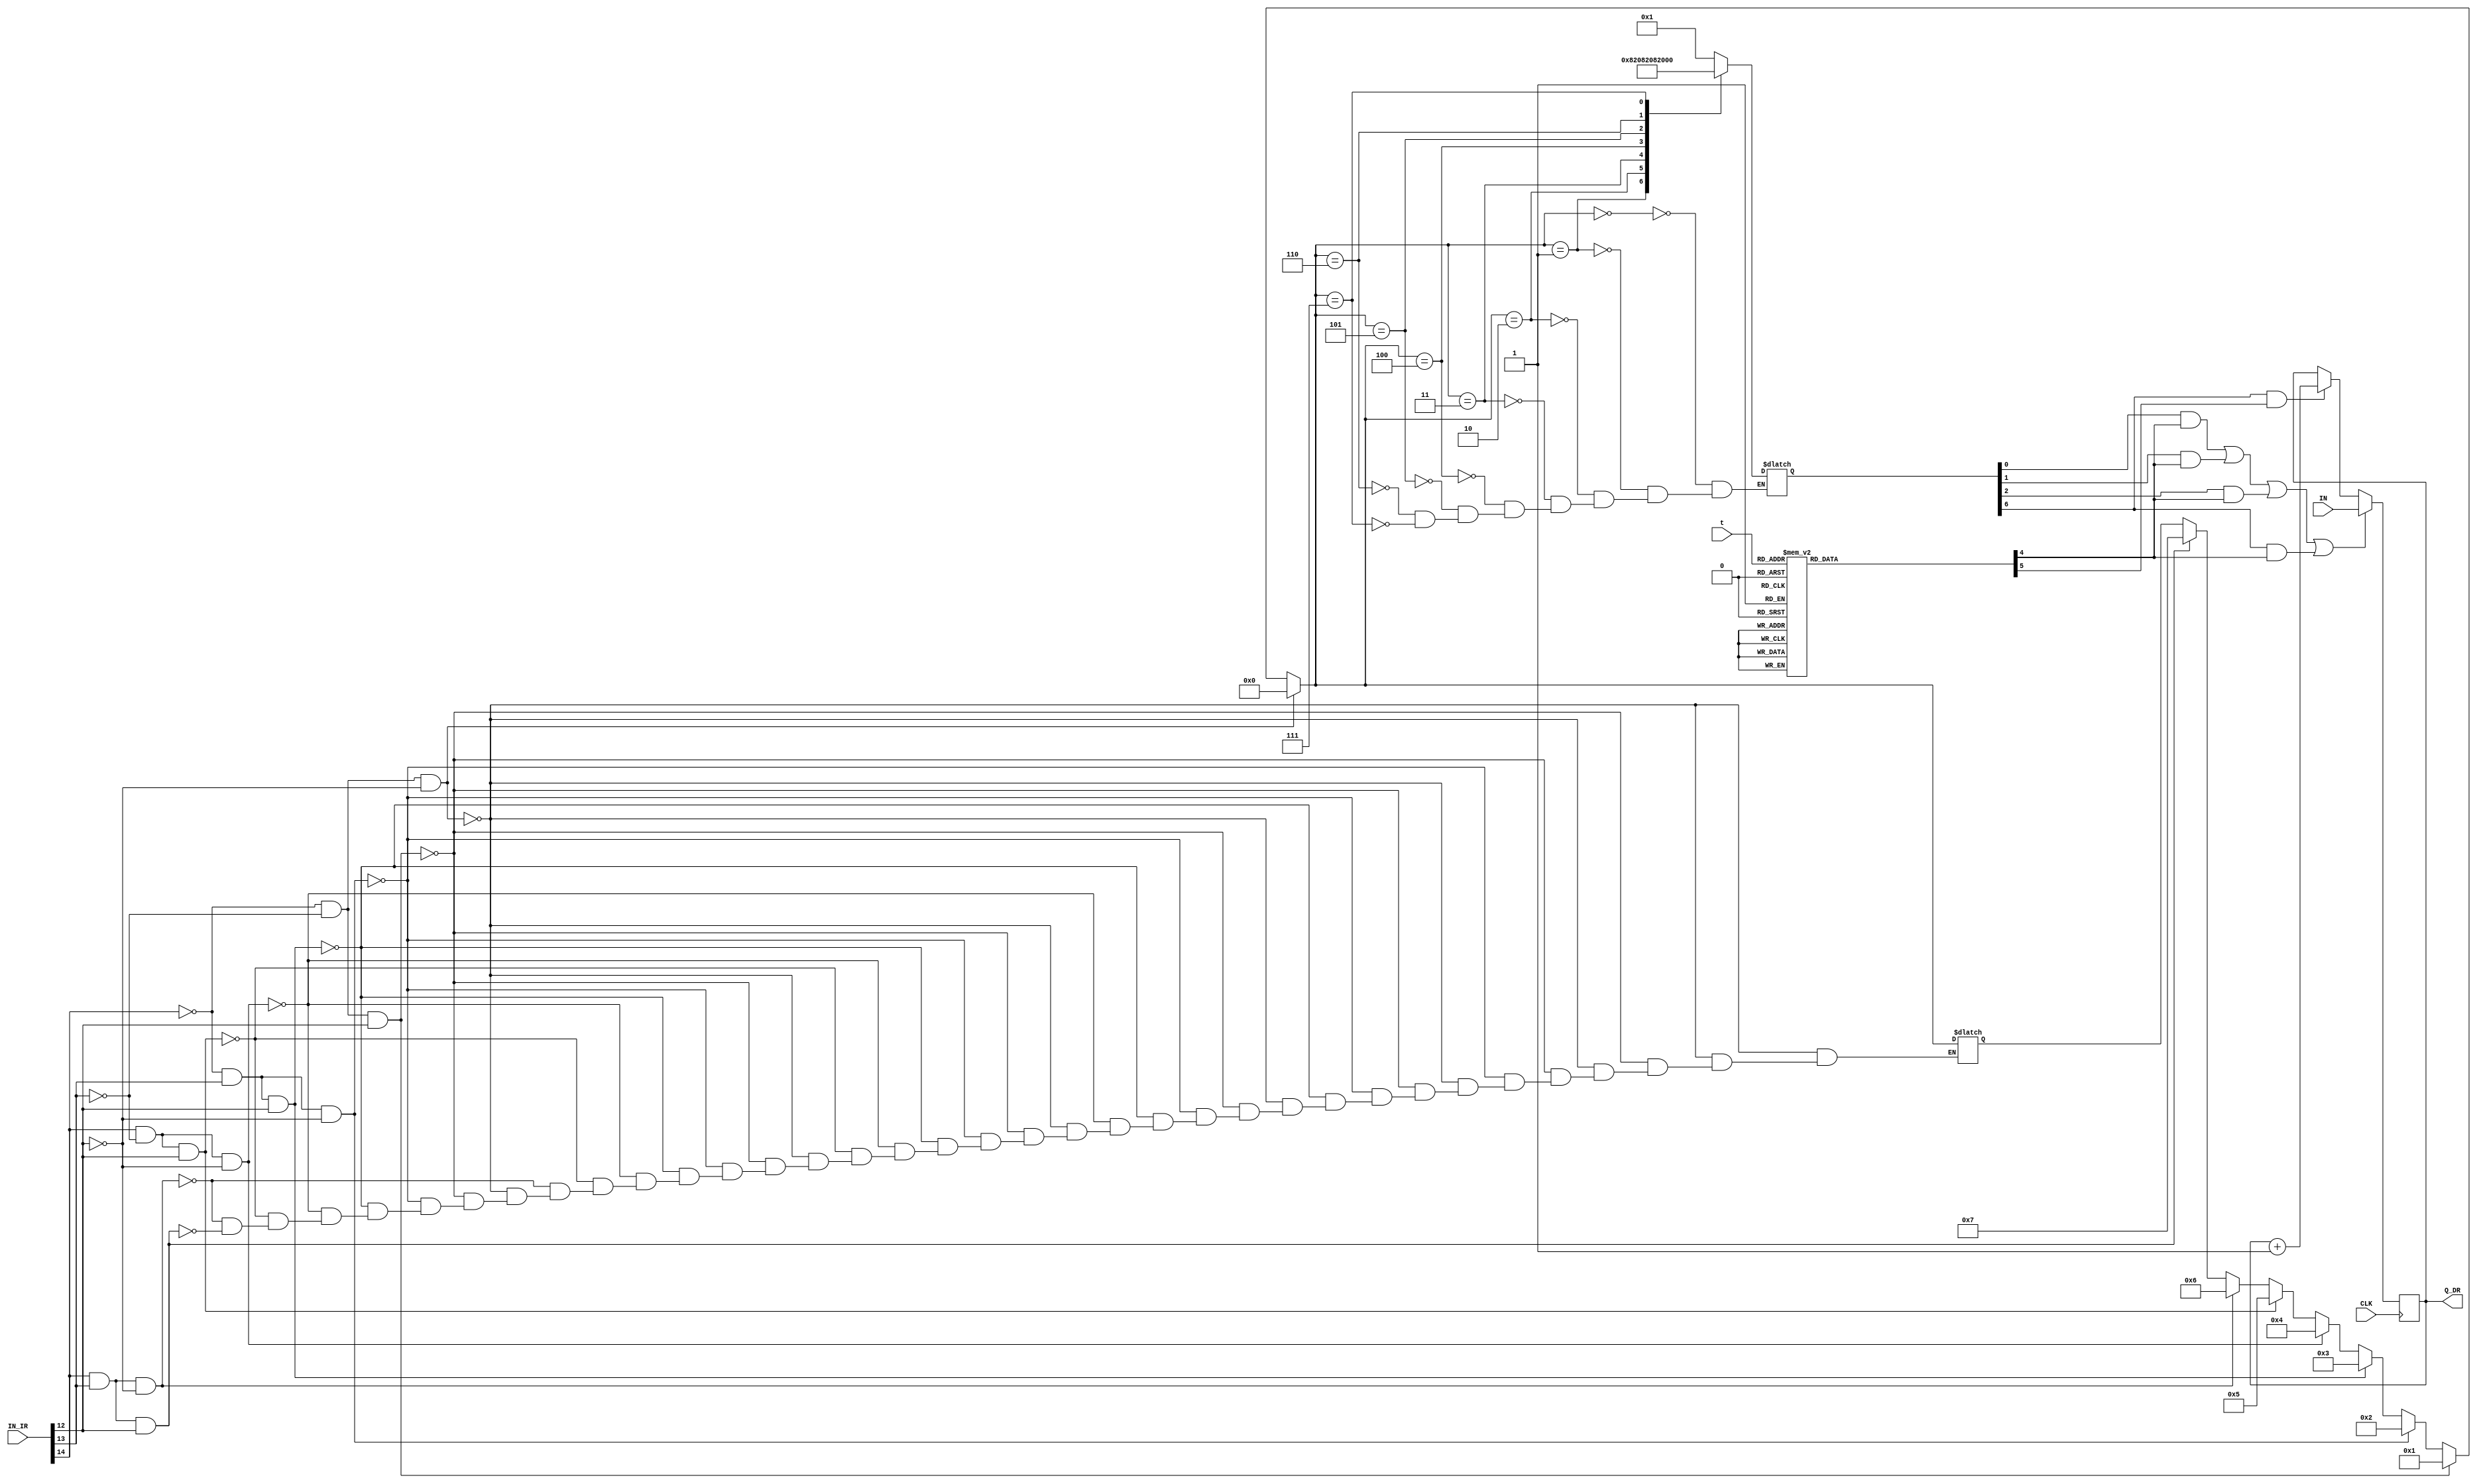
module REG_DR(

//-------(clock)-------
    input CLK,
//-------(input IR)-------
    input [15:0]IN_IR,
//-------(input to register DR)-------
    input[15:0]IN,
//-------(input from seq_counter_3_bit)-------
    input[2:0]t,
//-------(output from register DR)-------    
    output reg[15:0]Q_DR
    
    );
//-------(wire to help)------- 
    reg i,r,p;       
    reg [3:0]d;
    reg [7:0]D;
    reg [7:0]T;
    reg [10:0]B;
    wire LD_DR,INC_DR,CLR_DR;

//------------------(initial value)--------------------
    
    initial
        begin
            i = 0;
            D = 0;
            B = 0;
            T = 0;
            d = 0;
            r = 0;
            p = 0;
            Q_DR = 0;

    end  

    always@(d or t or IN_IR)begin
         
//-----------------(SELECT MOST LEFT 4-BIT IN INSTRACTION REGISTER)----------------- 
           
                        if(~IN_IR[14] && ~IN_IR[13] && ~IN_IR[12])
                            d = 4'b0000;
                        else if(~IN_IR[14] && ~IN_IR[13] && IN_IR[12])
                            d = 4'b0001;
                        else if(~IN_IR[14] && IN_IR[13] && ~IN_IR[12])
                            d = 4'b0010;
                        else if(~IN_IR[14] && IN_IR[13] && IN_IR[12])
                            d = 4'b0011;
                        else if(IN_IR[14] && ~IN_IR[13] && ~IN_IR[12])
                            d = 4'b0100;
                        else if(IN_IR[14] && ~IN_IR[13] && IN_IR[12])
                            d = 4'b0101;
                        else if( IN_IR[14] && IN_IR[13] && ~IN_IR[12])
                            d = 4'b0110;
                        else if(IN_IR[14] && IN_IR[13] && IN_IR[12])
                            d = 4'b0111;
                        else if(IN_IR[15])
                            i = 1;
        
//-----------(select D)-----------    

            case(d)    
                4'b000: D = 8'h01;
                4'b001: D = 8'h02;
                4'b010: D = 8'h04;
                4'b011: D = 8'h08;
                4'b100: D = 8'h10;
                4'b101: D = 8'h20;
                4'b110: D = 8'h40;
                4'b111: D = 8'h80;
            endcase
            
//-----------(select T)-----------    

            case(t)    
                4'b000: T = 8'h01;
                4'b001: T = 8'h02;
                4'b010: T = 8'h04;
                4'b011: T = 8'h08;
                4'b100: T = 8'h10;
                4'b101: T = 8'h20;
                4'b110: T = 8'h40;
                4'b111: T = 8'h80;
            endcase
    end
                
    always@(posedge CLK)begin
            
//-----------(select B)-----------    

                if(~IN_IR[11] && ~IN_IR[10] && ~IN_IR[9] && ~IN_IR[8] && ~IN_IR[7] && ~IN_IR[6] && ~IN_IR[5] && ~IN_IR[4]&& ~IN_IR[3] && ~IN_IR[2] && ~IN_IR[1]&& ~IN_IR[0])
                    B = 13'b0000000000001;
                if(~IN_IR[11] && ~IN_IR[10] && ~IN_IR[9] && ~IN_IR[8] && ~IN_IR[7] && ~IN_IR[6] && ~IN_IR[5] && ~IN_IR[4]&& ~IN_IR[3] && ~IN_IR[2] && ~IN_IR[1]&& IN_IR[0])
                    B = 13'b0000000000010;      
                if(~IN_IR[11] && ~IN_IR[10] && ~IN_IR[9] && ~IN_IR[8] && ~IN_IR[7] && ~IN_IR[6] && ~IN_IR[5] && ~IN_IR[4]&& ~IN_IR[3] && ~IN_IR[2] && IN_IR[1]&& ~IN_IR[0])
                    B = 13'b0000000000100;
                if(~IN_IR[11] && ~IN_IR[10] && ~IN_IR[9] && ~IN_IR[8] && ~IN_IR[7] && ~IN_IR[6] && ~IN_IR[5] && ~IN_IR[4]&& ~IN_IR[3] && IN_IR[2] && ~IN_IR[1]&& ~IN_IR[0])
                    B = 13'b0000000001000;  
                if(~IN_IR[11] && ~IN_IR[10] && ~IN_IR[9] && ~IN_IR[8] && ~IN_IR[7] && ~IN_IR[6] && ~IN_IR[5] && ~IN_IR[4]&& IN_IR[3] && ~IN_IR[2] && ~IN_IR[1]&& ~IN_IR[0])
                    B = 13'b0000000010000;
                if(~IN_IR[11] && ~IN_IR[10] && ~IN_IR[9] && ~IN_IR[8] && ~IN_IR[7] && ~IN_IR[6] && ~IN_IR[5] && IN_IR[4]&& ~IN_IR[3] && ~IN_IR[2] && ~IN_IR[1]&& ~IN_IR[0])
                    B = 13'b0000000100000;
                if(~IN_IR[11] && ~IN_IR[10] && ~IN_IR[9] && ~IN_IR[8] && ~IN_IR[7] && ~IN_IR[6] && IN_IR[5] && ~IN_IR[4]&& ~IN_IR[3] && ~IN_IR[2] && ~IN_IR[1]&& ~IN_IR[0])
                    B = 13'b0000001000000;
                if(~IN_IR[11] && ~IN_IR[10] && ~IN_IR[9] && ~IN_IR[8] && ~IN_IR[7] && IN_IR[6] && ~IN_IR[5] && ~IN_IR[4]&& ~IN_IR[3] && ~IN_IR[2] && ~IN_IR[1]&& ~IN_IR[0])
                    B = 13'b0000010000000;
                if(~IN_IR[11] && ~IN_IR[10] && ~IN_IR[9] && ~IN_IR[8] && IN_IR[7] && ~IN_IR[6] && ~IN_IR[5] && ~IN_IR[4]&& ~IN_IR[3] && ~IN_IR[2] && ~IN_IR[1]&& ~IN_IR[0])
                    B = 12'b0000100000000;          
                if(~IN_IR[11] && ~IN_IR[10] && ~IN_IR[9] && IN_IR[8] && ~IN_IR[7] && ~IN_IR[6] && ~IN_IR[5] && ~IN_IR[4]&& ~IN_IR[3] && ~IN_IR[2] && ~IN_IR[1]&& ~IN_IR[0])
                    B = 13'b0001000000000;
                if(~IN_IR[11] && ~IN_IR[10] && IN_IR[9] && ~IN_IR[8] && ~IN_IR[7] && ~IN_IR[6] && ~IN_IR[5] && ~IN_IR[4]&& ~IN_IR[3] && ~IN_IR[2] && ~IN_IR[1]&& ~IN_IR[0])
                    B = 13'b0010000000000;
                if(~IN_IR[11] && IN_IR[10] && ~IN_IR[9] && ~IN_IR[8] && ~IN_IR[7] && ~IN_IR[6] && ~IN_IR[5] && ~IN_IR[4]&& ~IN_IR[3] && ~IN_IR[2] && ~IN_IR[1]&& ~IN_IR[0])
                    B = 13'b0100000000000;
                if(~IN_IR[11] && IN_IR[10] && ~IN_IR[9] && ~IN_IR[8] && ~IN_IR[7] && ~IN_IR[6] && ~IN_IR[5] && ~IN_IR[4]&& ~IN_IR[3] && ~IN_IR[2] && ~IN_IR[1]&& ~IN_IR[0])
                    B = 13'b1000000000000;
    
    end 
        
    
    always@(posedge CLK)begin

//-----------------For Load (LD_DR)-----------------  

            if(( D[0] && T[4] ) || ( D[1] && T[4] ) || ( D[2] && T[4] ) || ( D[6] && T[4] ) )
                Q_DR = IN;

//-----------------For Increament (INC_DR)-----------------              

            else if(( D[6] && T[5] ) )
                Q_DR = Q_DR + 1;

    end
    
endmodule